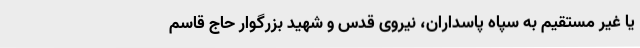
یا غیر مستقیم به سپاه پاسداران، نیروی قدس و شهید بزرگوار حاج قاسم